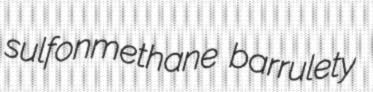
sulfonmethane barrulety